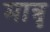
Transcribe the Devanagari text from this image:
मात्रृ